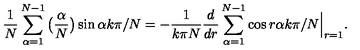
\frac { 1 } { N } \sum _ { \alpha = 1 } ^ { N - 1 } \big ( \frac { \alpha } { N } \big ) \sin \alpha k \pi / N = - \frac { 1 } { k \pi N } \frac { d } { d r } \sum _ { \alpha = 1 } ^ { N - 1 } \cos r \alpha k \pi / N \Big | _ { r = 1 } .